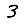
Digit: 3